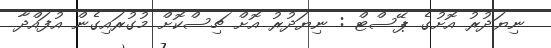
ނިޔަދުރު އޮށުގެ ޕޭސްޓް : ނިޔަދުރު އޮށް ޗިސްކޮށް މުގުރައިގެން އުފައްދާ